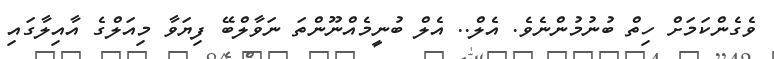
ވެގެންކަމަށް ހިތް ބުނުމުންނެވެ. އެލް.. އެލް ބުނީމެއްނޫންތަ ނަވާލްބޭ ފިޔަވާ މިއަލްގެ އާއިލާގައި